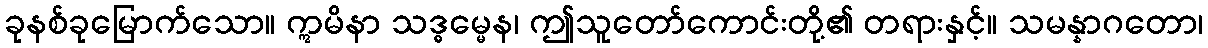
ခုနစ်ခုမြောက်သော။ ဣမိနာ သဒ္ဓမ္မေန၊ ဤသူတော်ကောင်းတို့၏ တရားနှင့်။ သမန္နာဂတော၊